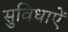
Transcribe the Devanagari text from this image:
सुविधाएें